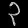
Digit: ၃